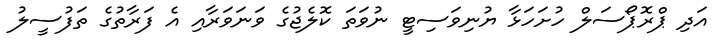
އަދި ޕްރޮޕޯސަލް ހުށަހަޅާ ޔުނިވަސިޓީ ނުވަތަ ކޮލެޖުގެ ވަނަވަރާއި އެ ފަރާތުގެ ތަފުސީލު